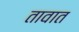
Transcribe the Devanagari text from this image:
तावात